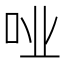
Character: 𫩤